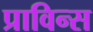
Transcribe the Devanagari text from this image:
प्राविन्स